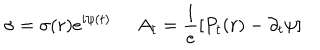
LaTeX: \sigma = \sigma ( r ) e ^ { i \psi ( t ) } \; \; A _ { t } = \frac { 1 } { e } [ P _ { t } ( r ) - \partial _ { t } \psi ]